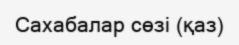
Сахабалар сөзі (қаз)